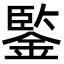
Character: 鍳